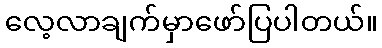
လေ့လာချက်မှာဖော်ပြပါတယ်။